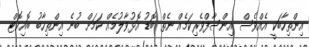
އިންތިހާބަކީ އެއްވެސް އިންސާފްވެރިކަމެއް ނެތް ބޮޑު އޮޅުވާލުމެއް ކަމަށް ބުނެ އިންތިހާބު ބޮއިކޮޓް